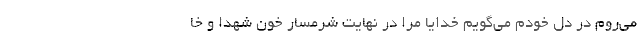
می‌روم در دل خودم می‌گویم خدایا مرا در نهایت شرمسار خون شهدا و خا